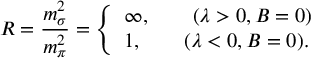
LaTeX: R = \frac { m _ { \sigma } ^ { 2 } } { m _ { \pi } ^ { 2 } } = \left\{ \begin{array} { l } { { \infty , \qquad ( \lambda > 0 , B = 0 ) } } \\ { { 1 , \qquad ( \lambda < 0 , B = 0 ) . } } \end{array} \right.